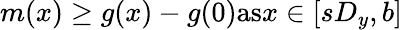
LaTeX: m(x)\geq g(x)-g(0){\mathrm{as}}x\in[sD_{y},b]